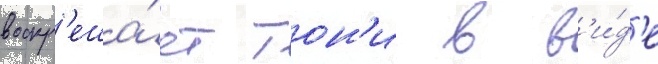
воскр'еша́ет тон'и в в'и́д'е